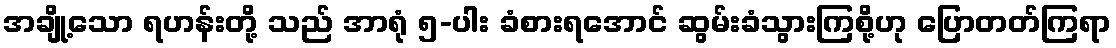
အချို့သော ရဟန်းတို့ သည် အာရုံ ၅-ပါး ခံစားရအောင် ဆွမ်းခံသွားကြစို့ဟု ပြောတတ်ကြရာ